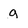
Character: g